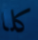
كلا